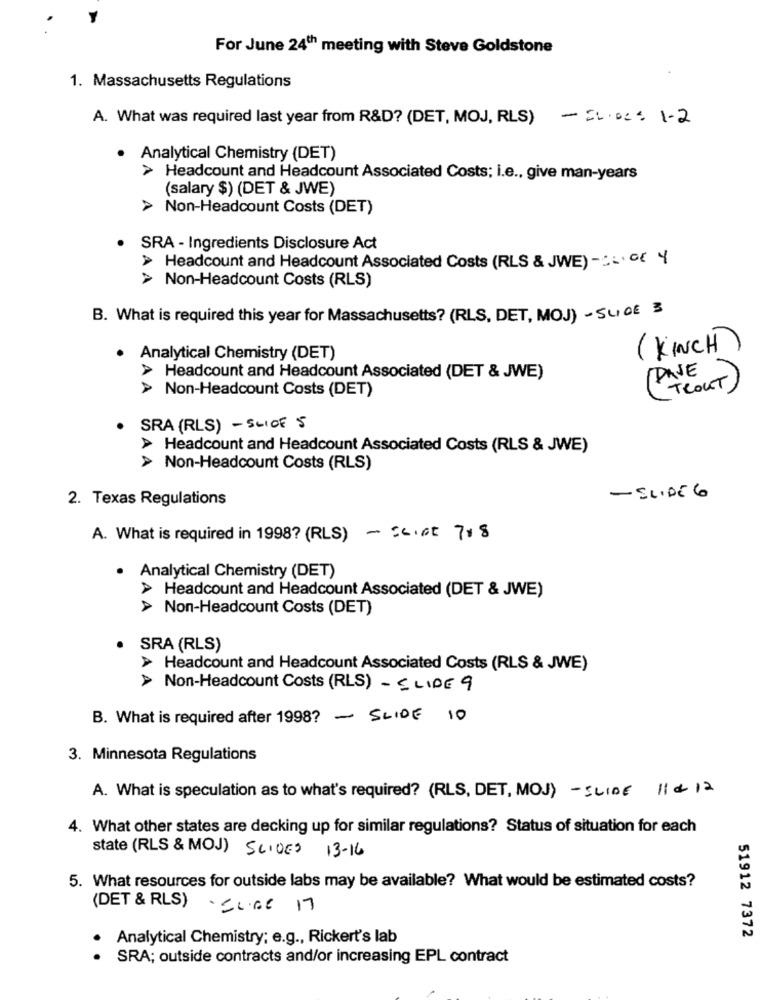
For June 24th meeting with Steve Goldstone
1. Massachusetts Regulations
A. What was required last year from R&D? (DET, MOJ, RLS) -2.02: 1-2
· Analytical Chemistry (DET)
> Headcount and Headcount Associated Costs; i.e ., give man-years
(salary $) (DET & JWE)
> Non-Headcount Costs (DET)
. SRA - Ingredients Disclosure Act
> Headcount and Headcount Associated Costs (RLS & JWE) -... . Y
> Non-Headcount Costs (RLS)
B. What is required this year for Massachusetts? (RLS, DET, MOJ) - SLIDE 3
( KINCH)
Analytical Chemistry (DET)
> Headcount and Headcount Associated (DET & JWE)
DAVE
> Non-Headcount Costs (DET)
TROUT )
. SRA (RLS) - SLICE S
> Headcount and Headcount Associated Costs (RLS & JWE)
> Non-Headcount Costs (RLS)
2. Texas Regulations
- SLIDE 6
A. What is required in 1998? (RLS) - = LIGE 708
· Analytical Chemistry (DET)
> Headcount and Headcount Associated (DET & JWE)
> Non-Headcount Costs (DET)
· SRA (RLS)
> Headcount and Headcount Associated Costs (RLS & JWE)
> Non-Headcount Costs (RLS) - SLIDE 9
B. What is required after 1998? - SLIDE 10
3. Minnesota Regulations
A. What is speculation as to what's required? (RLS, DET, MOJ) - SLIDE 11 & 12
4. What other states are decking up for similar regulations? Status of situation for each
state (RLS & MOJ) SLIDES 13-16
5. What resources for outside labs may be available? What would be estimated costs?
(DET & RLS)
· SLIGE 17
Analytical Chemistry; e.g ., Rickert's lab
51912 7372
..
SRA; outside contracts and/or increasing EPL contract